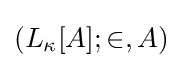
(L_{\kappa }[A];\in ,A)